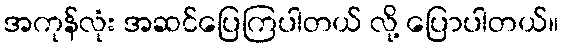
အကုန်လုံး အဆင်ပြေကြပါတယ် လို့ ပြောပါတယ်။